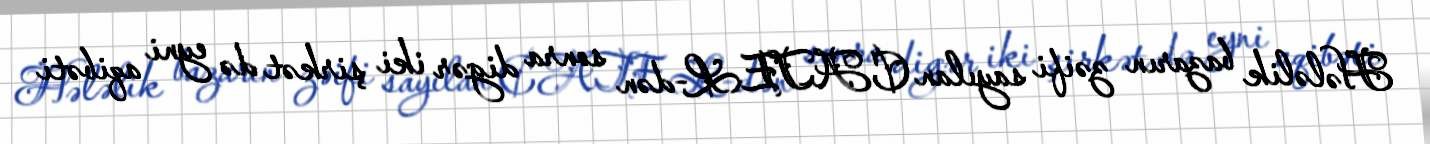
Hələlik bazarın zəifi sayılan CATEL-dən sonra digər iki şirkət də eyni aqibəti